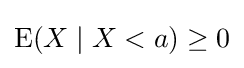
\operatorname {E} (X\mid X<a)\geq 0